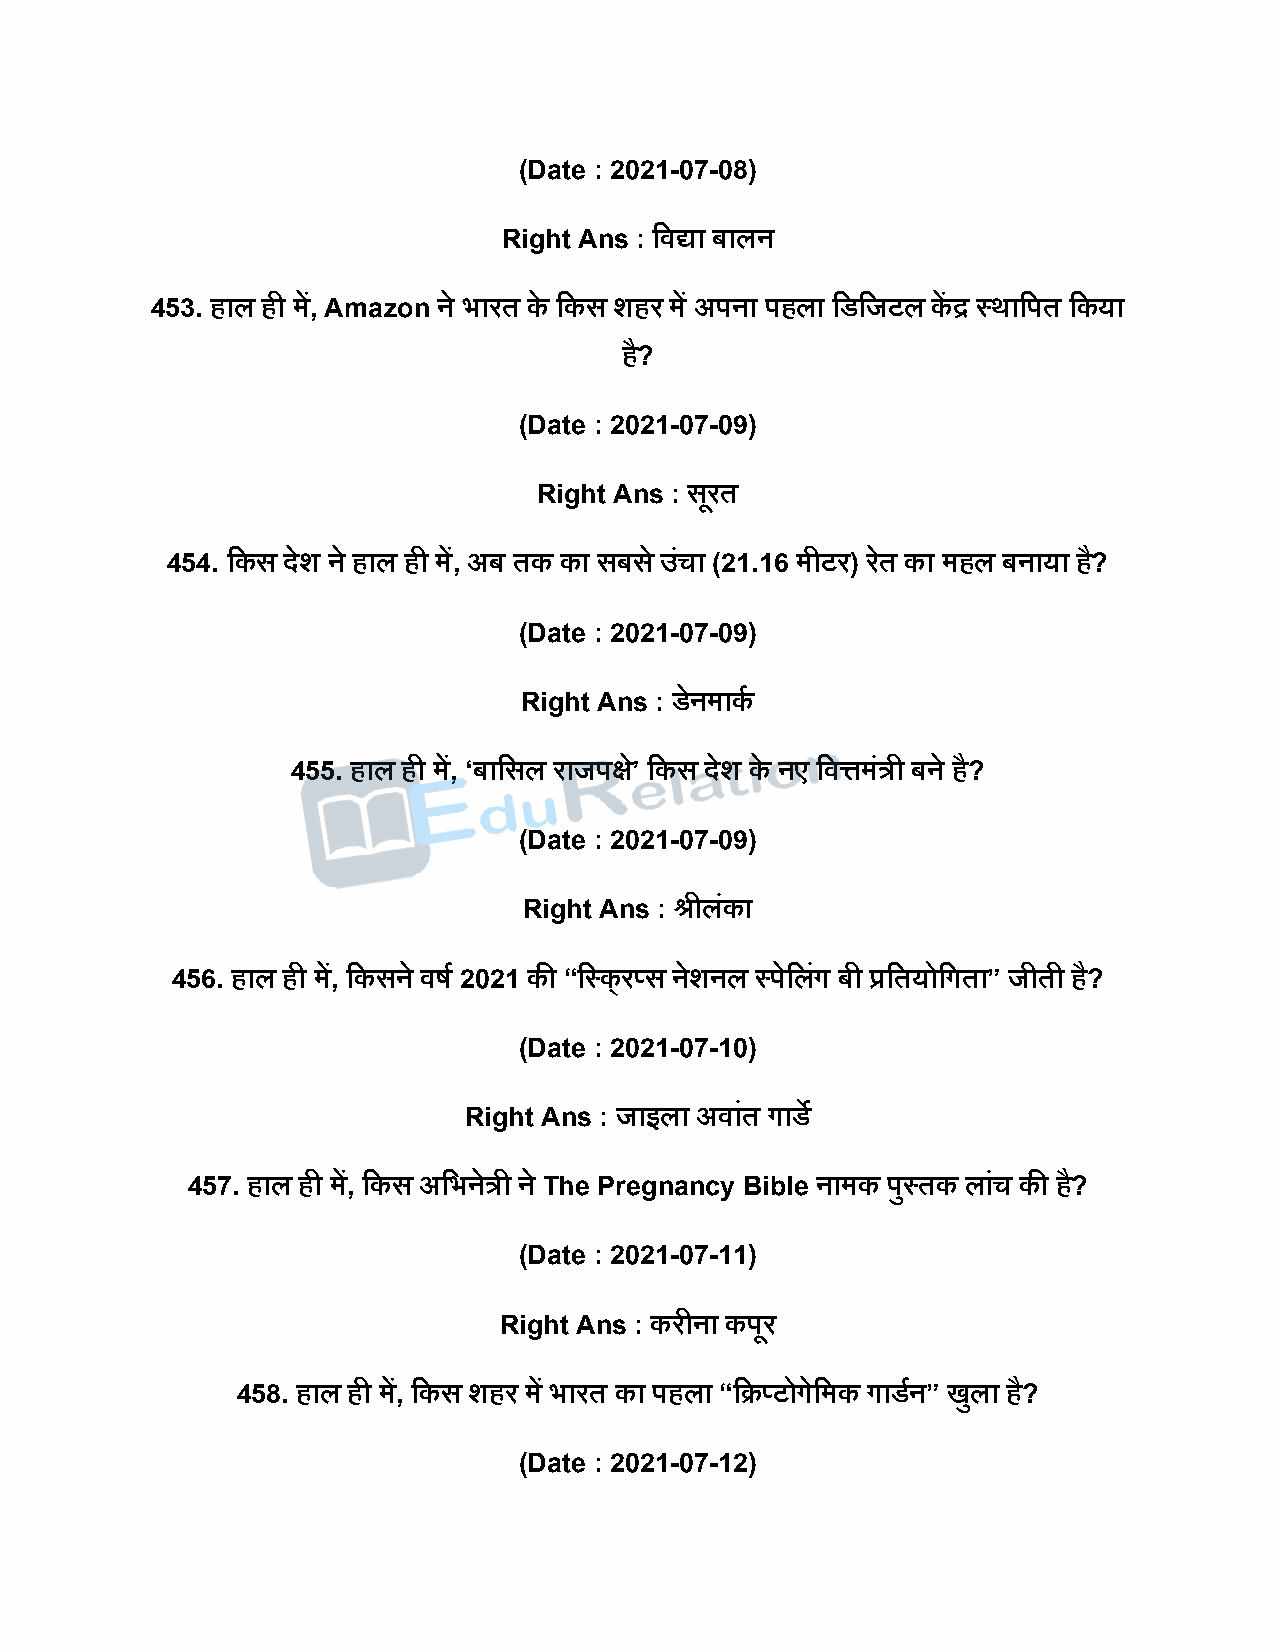
(Date : 2021-07-08)
 Right Ans : दवद्या बालन
 453. हाल ही में, Amazon ने भारत के दकस शहर में अिना िहला दडदजटल कें द्र स्थादित दकया
 है?
 (Date : 2021-07-09)
 Right Ans : सरू त
 454. दकस िेश ने हाल ही में, अब तक का सबस े उंचा (21.16 मीटर) रते का महल बनाया ह?ै
 (Date : 2021-07-09)
 Right Ans : डेनमाकष
 455. हाल ही में, ‘बादसल राजिक्ष’े दकस िेश के नए दवत्तमंत्री बने है?
 (Date : 2021-07-09)
 Right Ans : श्रीलंका
 456. हाल ही में, दकसने वर्ष 2021 की “दस्कड र्स नेशनल स्िेदलंग बी प्रदतयोदगता” जीती है?
 (Date : 2021-07-10)
 Right Ans : जाइला अवांत गाडे
 457. हाल ही में, दकस अदभनेत्री ने The Pregnancy Bible नामक िुस्तक लांच की है?
 (Date : 2021-07-11)
 Right Ans : करीना किूर
 458. हाल ही में, दकस शहर में भारत का िहला “दक्र्टोगेदमक गाडषन” खुला है?
 (Date : 2021-07-12)